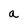
Character: a